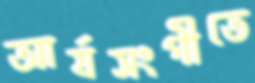
আর্যসংগীতে